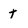
Character: t